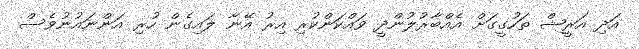
އަދި އަރީޝް ތަހުގީގަށް އެއްބާރުލުންދީ ވައްކަންކުރި އިރު އޭނާ ލައިގެން ހުރި އަންނައުނުވެސް